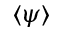
\langle \psi \rangle